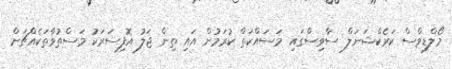
މޯލްޑިވްސް ކަރެކްޝަނަލް ސާވިސްގައި މަސައްކަތް ކުރަމުން އައި ތިން ޖަލު އޮފިސަރަކު މަސްތުވާތަކެއްޗަށް